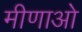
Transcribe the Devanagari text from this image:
मीणाओ